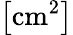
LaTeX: \left[\mathrm{cm}^{2}\right]